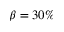
\beta = 3 0 \%